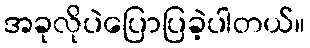
အခုလိုပဲပြောပြခဲ့ပါတယ်။